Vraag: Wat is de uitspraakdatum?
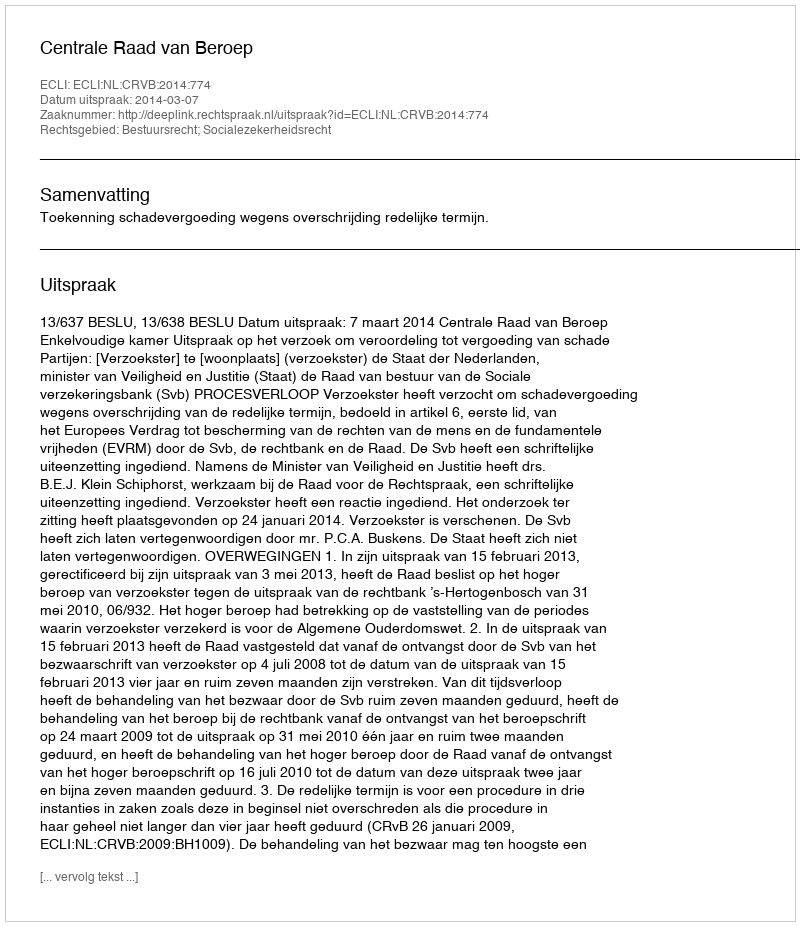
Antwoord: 2014-03-07